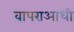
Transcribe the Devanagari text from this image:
वापराआधी